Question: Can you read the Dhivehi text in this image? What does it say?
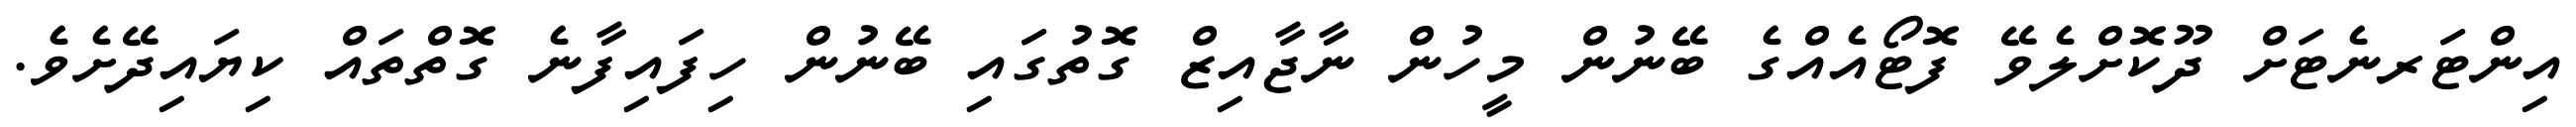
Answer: އިންޓަރނެޓަށް ދޫކޮށްލެވޭ ފޮޓޯއެއްގެ ބޭނުން މީހުން ނާޖާއިޒް ގޮތުގައި ބޭނުން ހިފައިފާނެ ގޮތްތައް ކިޔައިދޭށެވެ.